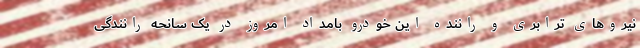
نیروهای ترابری و راننده این خودرو بامداد امروز در یک سانحه رانندگی